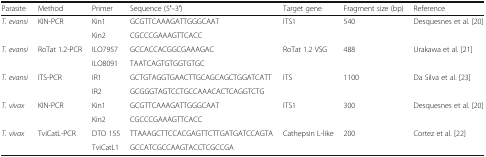
<table><thead><tr><td><b>Parasite</b></td><td><b>Method</b></td><td><b>Primer</b></td><td><b>Sequence (5′–3′)</b></td><td><b>Target gene</b></td><td><b>Fragment size (bp)</b></td><td><b>Reference</b></td></tr></thead><tbody><tr><td><i>T. evansi</i></td><td>KIN-PCR</td><td>Kin1</td><td>GCGTTCAAAGATTGGGCAAT</td><td>ITS1</td><td>540</td><td>Desquesnes et al. [20]</td></tr><tr><td></td><td></td><td>Kin2</td><td>CGCCCGAAAGTTCACC</td><td></td><td></td><td></td></tr><tr><td><i>T. evansi</i></td><td>RoTat 1.2-PCR</td><td>ILO7957</td><td>GCCACCACGGCGAAAGAC</td><td>RoTat 1.2 VSG</td><td>488</td><td>Urakawa et al. [21]</td></tr><tr><td></td><td></td><td>ILO8091</td><td>TAATCAGTGTGGTGTGC</td><td></td><td></td><td></td></tr><tr><td><i>T. evansi</i></td><td>ITS-PCR</td><td>IR1</td><td>GCTGTAGGTGAACTTGCAGCAGCTGGATCATT</td><td>ITS</td><td>1100</td><td>Da Silva et al. [23]</td></tr><tr><td></td><td></td><td>IR2</td><td>GCGGGTAGTCCTGCCAAACACTCAGGTCTG</td><td></td><td></td><td></td></tr><tr><td><i>T. vivax</i></td><td>KIN-PCR</td><td>Kin1</td><td>GCGTTCAAAGATTGGGCAAT</td><td>ITS1</td><td>300</td><td>Desquesnes et al. [20]</td></tr><tr><td></td><td></td><td>Kin2</td><td>CGCCCGAAAGTTCACC</td><td></td><td></td><td></td></tr><tr><td><i>T. vivax</i></td><td>TviCatL-PCR</td><td>DTO 155</td><td>TTAAAGCTTCCACGAGTTCTTGATGATCCAGTA</td><td>Cathepsin L-like</td><td>200</td><td>Cortez et al. [22]</td></tr><tr><td></td><td></td><td>TviCatL1</td><td>GCCATCGCCAAGTACCTCGCCGA</td><td></td><td></td><td></td></tr></tbody></table>